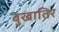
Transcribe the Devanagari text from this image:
बुखातिर